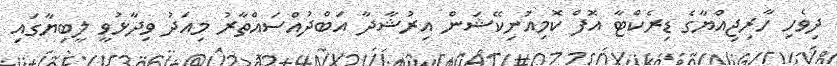
ދިވެހި ހާރިޖިއްޔާގެ ޑިރެކްޓާ އޮފް ކޮމިއުނިކޭޝަން އިރުޝާދާ އަބްދުއްސައްތާރު މިއަދު ވިދާޅުވީ ލީބިޔާގައި